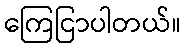
ကြေငြာပါတယ်။